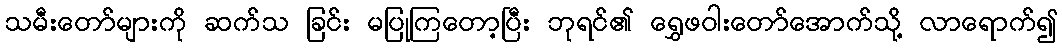
သမီးတော်များကို ဆက်သ ခြင်း မပြုကြတော့ပြီး ဘုရင်၏ ရွှေဖဝါးတော်အောက်သို့ လာရောက်၍